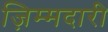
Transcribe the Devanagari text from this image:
ज़िम्मदारी